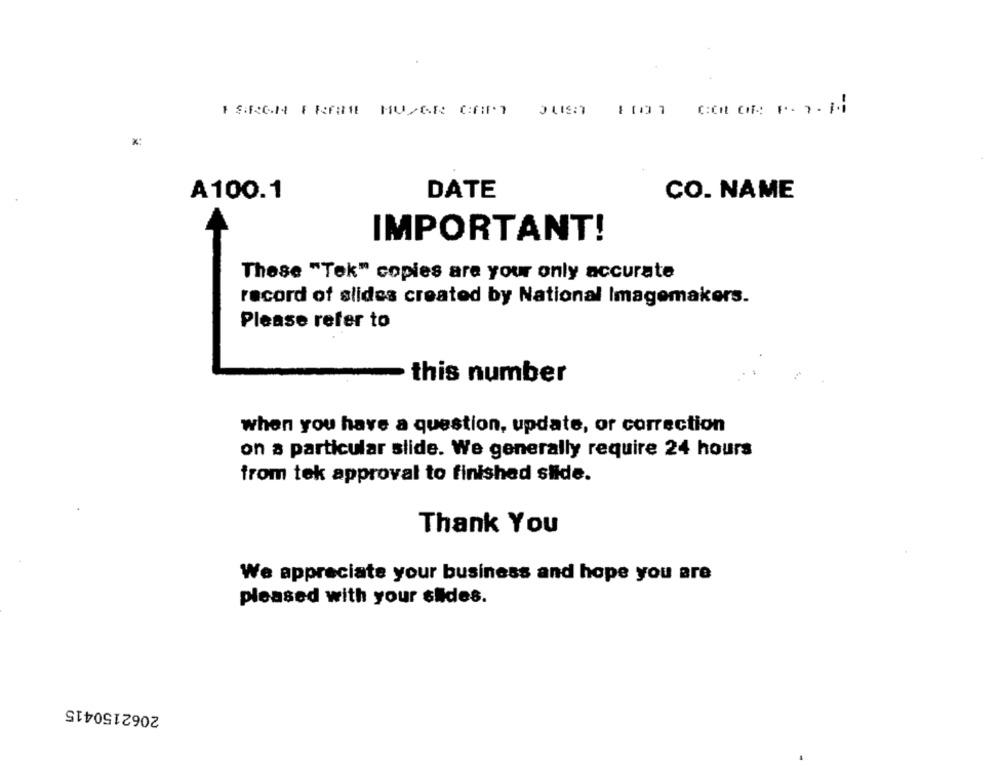
FEARGN FRAME MUSSR CART JUST 1001 COLOR: F. 7. 1
x:
A100.1
DATE
CO. NAME
IMPORTANT!
These "Tek" copies are your only accurate
record of slides created by National Imagemakers.
Please refer to
this number
when you have a question, update, or correction
on a particular slide. We generally require 24 hours
from tek approval to finished slide.
Thank You
We appreciate your business and hope you are
pleased with your sides.
2062150415